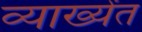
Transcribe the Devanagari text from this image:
व्याख्येंत